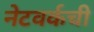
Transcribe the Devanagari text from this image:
नेटवर्कची